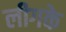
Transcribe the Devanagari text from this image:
लीगके